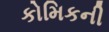
કોમિકની